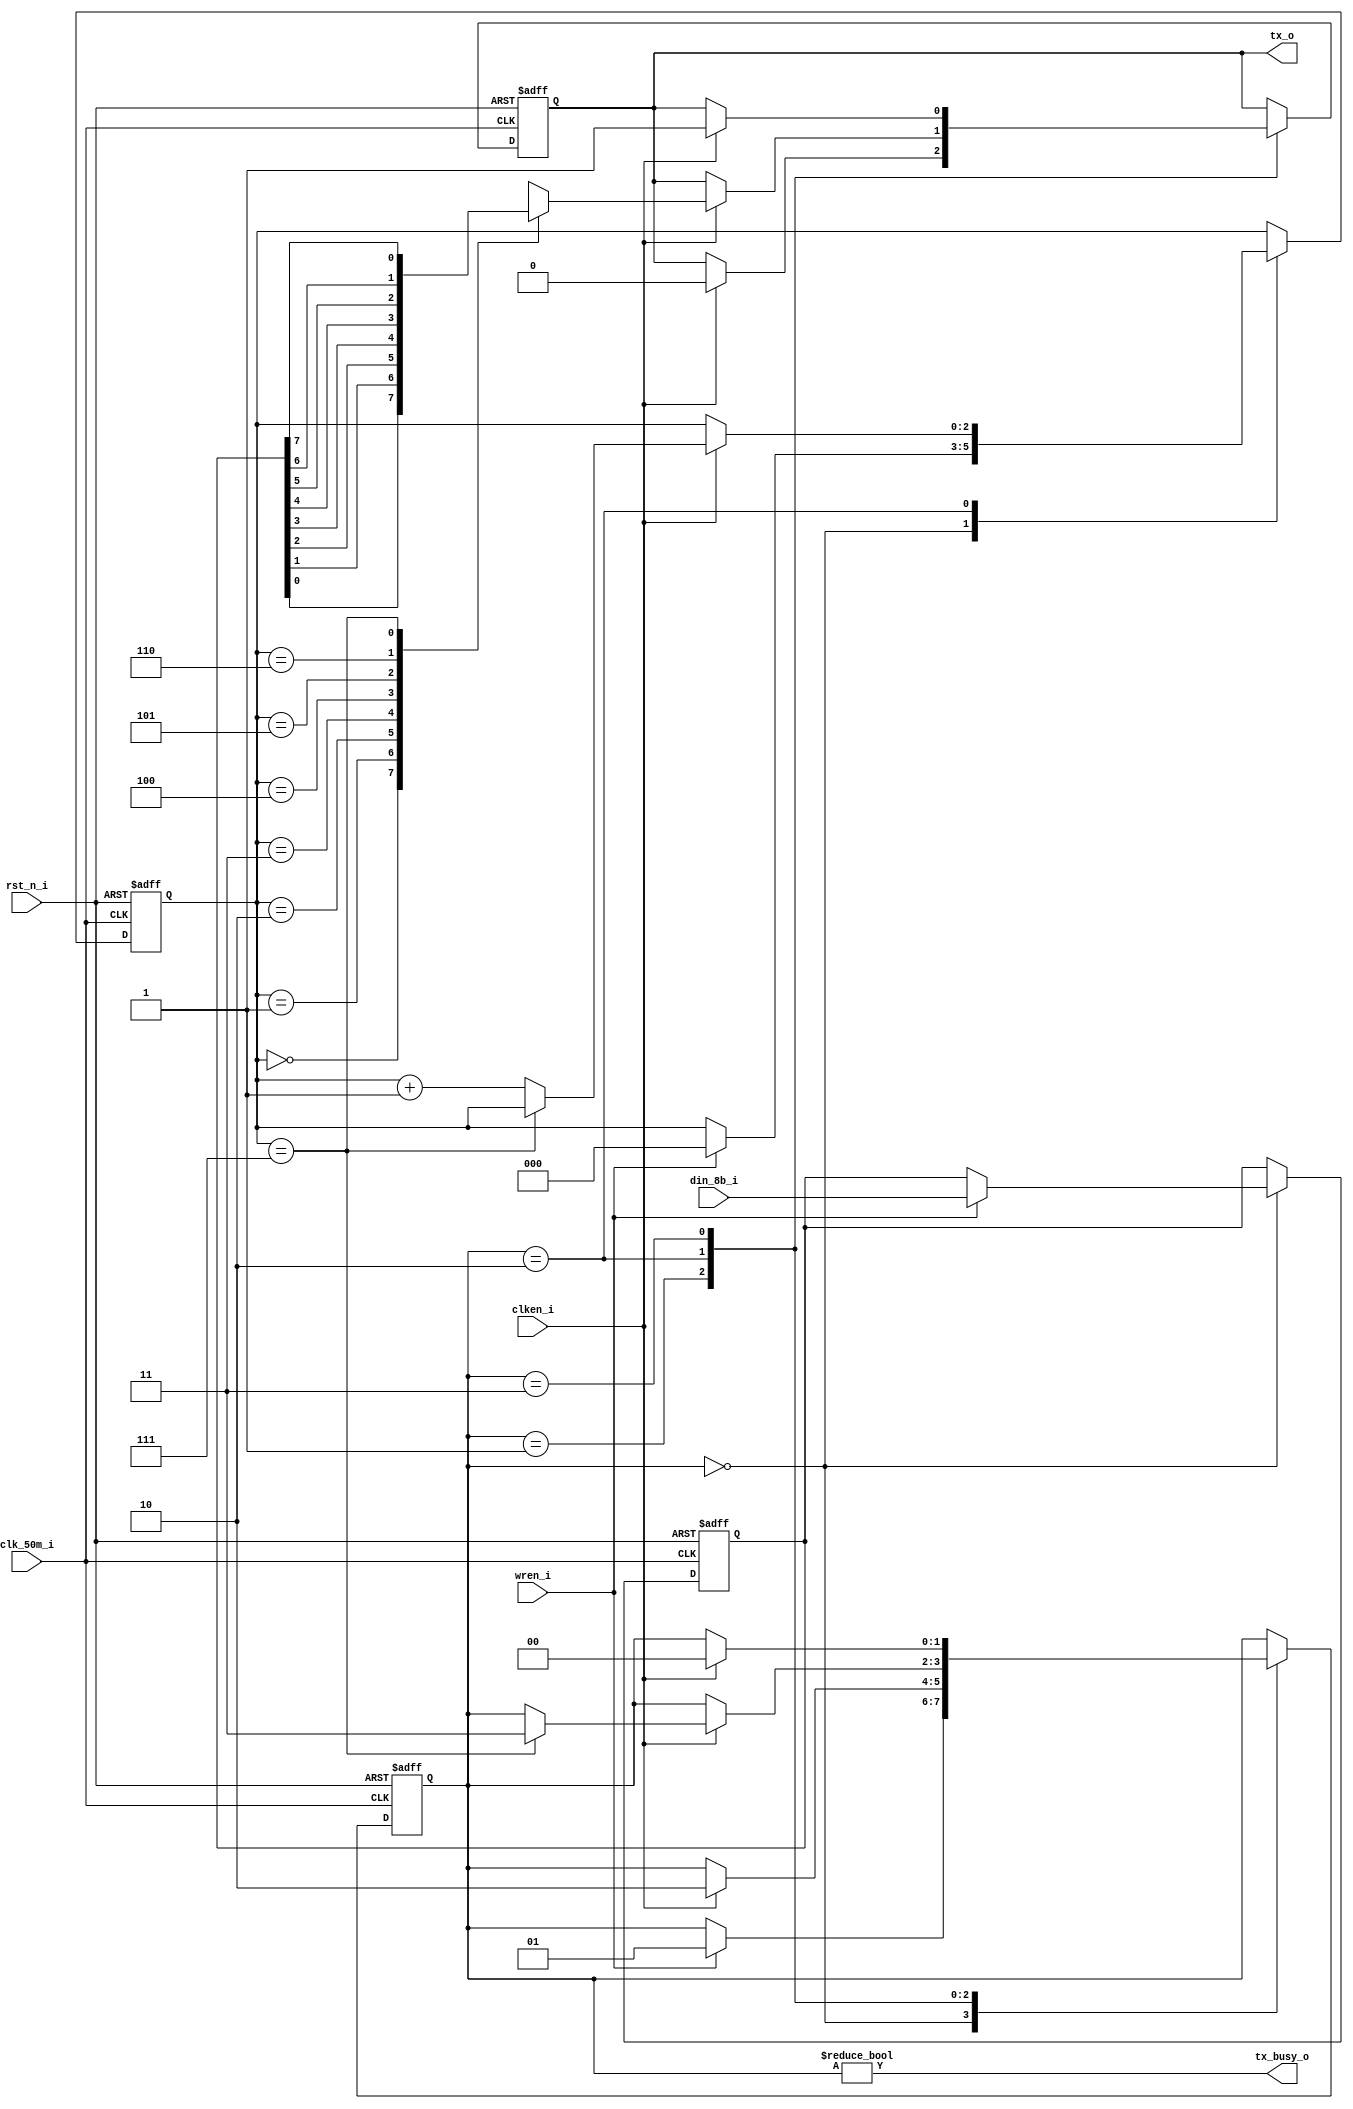
/*
 *  uart_hardware -- Hardware for uart.
 *
 *  Please communicate with Junnan Li <lijunnan@nudt.edu.cn> when meeting any question.
 *  Copyright and related rights are licensed under the MIT license.
 *
 *  Data: 2021.11.20
 *  Description: output data 1b by 1b. 
 */
module transmitter(
  input             clk_50m_i,
  input             rst_n_i,
  input       [7:0] din_8b_i,
  input             wren_i,
  input             clken_i,
  output reg        tx_o,
  output wire       tx_busy_o
);

parameter STATE_IDLE  = 2'b00;
parameter STATE_START = 2'b01;
parameter STATE_DATA  = 2'b10;
parameter STATE_STOP  = 2'b11;

reg [7:0] data;
reg [2:0] bitpos;
reg [1:0] state;

always @(posedge clk_50m_i or negedge rst_n_i) begin
  if(!rst_n_i) begin
    tx_o          <= 1'b1;
    data          <= 8'b0;
    bitpos        <= 3'b0;
    state         <= STATE_IDLE;
  end
  else begin
    case (state)
      STATE_IDLE: begin
        if(wren_i == 1'b1) begin
          state   <= STATE_START;
          data    <= din_8b_i;
          bitpos  <= 3'h0;
        end
      end
      STATE_START: begin
        if (clken_i) begin
          tx_o    <= 1'b0;
          state   <= STATE_DATA;
        end
      end
      STATE_DATA: begin
        if (clken_i) begin
          if (bitpos == 3'h7)
            state <= STATE_STOP;
          else
            bitpos <= bitpos + 3'h1;
          (*parallel_case, full_case*)
          case(bitpos)
            3'd0: tx_o  <= data[0];
            3'd1: tx_o  <= data[1];
            3'd2: tx_o  <= data[2];
            3'd3: tx_o  <= data[3];
            3'd4: tx_o  <= data[4];
            3'd5: tx_o  <= data[5];
            3'd6: tx_o  <= data[6];
            3'd7: tx_o  <= data[7];
          endcase
        end
      end
      STATE_STOP: begin
        if (clken_i) begin
          tx_o    <= 1'b1;
          state   <= STATE_IDLE;
        end
      end
      default: begin
        tx_o      <= 1'b1;
        state     <= STATE_IDLE;
      end
    endcase
  end
end

assign tx_busy_o = (state != STATE_IDLE);

endmodule